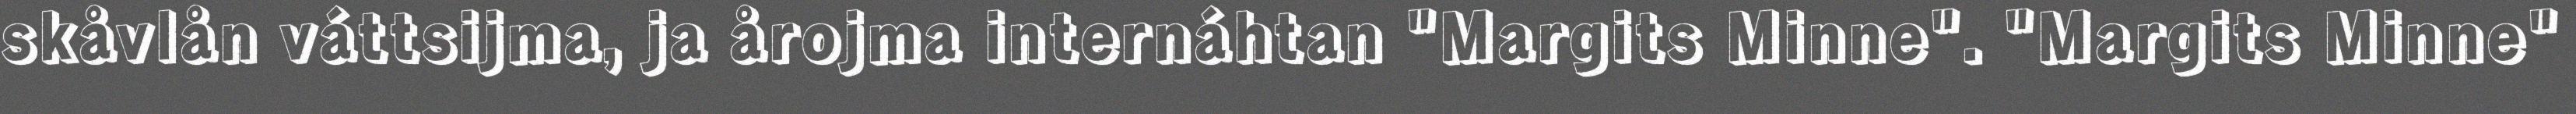
skåvlån váttsijma, ja årojma internáhtan "Margits Minne". "Margits Minne"